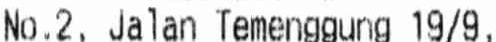
NO.2, JALAN TEMENGGUNG 19/9,